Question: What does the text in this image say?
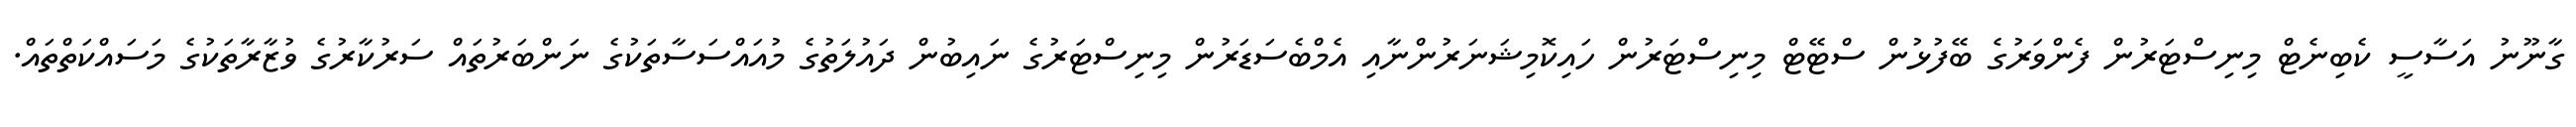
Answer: ގާނޫނު އަސާސީ ކެބިނެޓް މިނިސްޓަރުން ފެންވަރުގެ ބޭފުޅުން ސްޓޭޓް މިނިސްޓަރުން ހައިކޮމިޝަނަރުންނާއި އެމްބެސަޑަރުން މިނިސްޓަރުގެ ނައިބުން ދައުލަތުގެ މުއައްސަސާތަކުގެ ނަންބަރުތައް ސަރުކާރުގެ ވުޒާރާތަކުގެ މަސައްކަތްތައް.